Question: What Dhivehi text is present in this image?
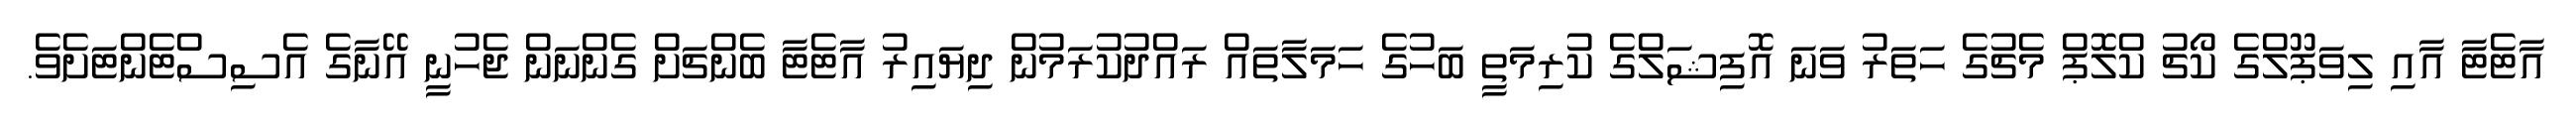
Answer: އާޓެޓާ އާއި ލިވަޕޫލްގެ ކޯޗު ކްލޮޕް މެޗުގެ ހަތަރު ވަނަ އޮފިޝަލްގެ ކުރިމަތީ ބަހުގެ ހަމަލާތައް ރައްދުކުރަމުން ދިޔައިރު އާޓެޓާ ބެންޗަށް ގެންނަން ޖެހުނީ އޭނާގެ އެސިސްޓެންޓަށެވެ.